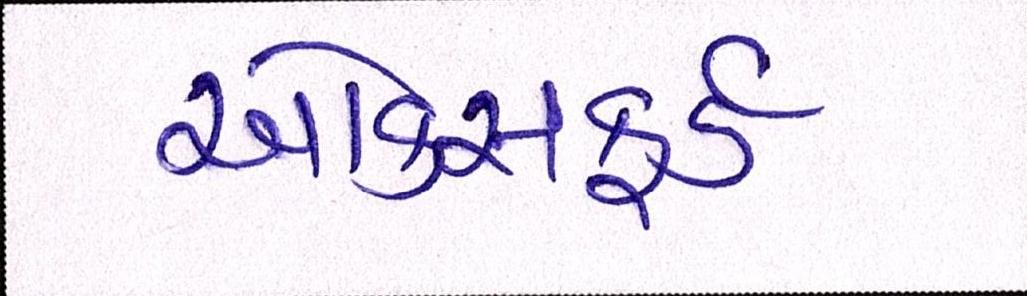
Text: ઓકસફર્ડ